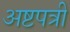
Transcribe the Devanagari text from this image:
अष्टपत्री